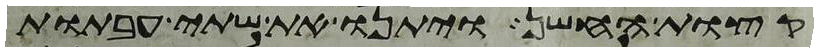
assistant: קצות החשן ויתנו את שתי העבתות